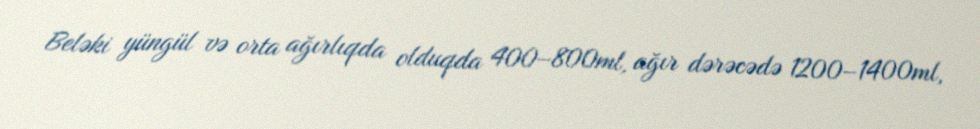
Beləki yüngül və orta ağırlıqda olduqda 400–800ml, ağır dərəcədə 1200–1400ml,